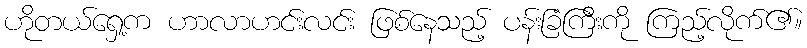
ဟိုတယ်ရှေ့က ဟာလာဟင်းလင်း ဖြစ်နေသည့် ပန်းခြံကြီးကို ကြည့်လိုက်၏။